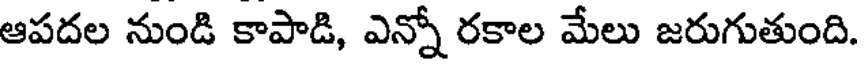
ఆపదల నుండి కాపాడి, ఎన్నో రకాల మేలు జరుగుతుంది.